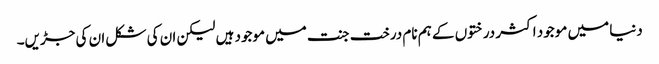
دنیا میں موجود اکثر درختوں کے ہم نام درخت جنت میں موجود ہیں لیکن ان کی شکل ان کی جڑیں۔